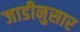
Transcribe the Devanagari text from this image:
जाडीनुसार